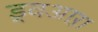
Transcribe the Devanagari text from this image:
ड्वआऱा